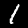
Digit: 1